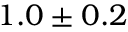
1 . 0 \pm 0 . 2